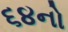
૬૪નો